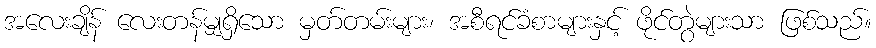
အလေးချိန် လေးတန်မျှရှိသော မှတ်တမ်းများ၊ အစီရင်ခံစာများနှင့် ဖိုင်တွဲများသာ ဖြစ်သည်။